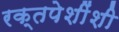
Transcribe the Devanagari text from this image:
रक्तपेशींशी